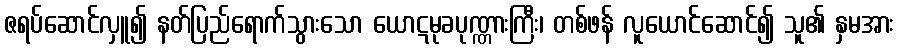
ဇရပ်ဆောင်လှူ၍ နတ်ပြည်ရောက်သွားသော ယောဋမုခပုဏ္ဏားကြီး၊ တစ်ဖန် လူယောင်ဆောင်၍ သူ၏ နှမအား